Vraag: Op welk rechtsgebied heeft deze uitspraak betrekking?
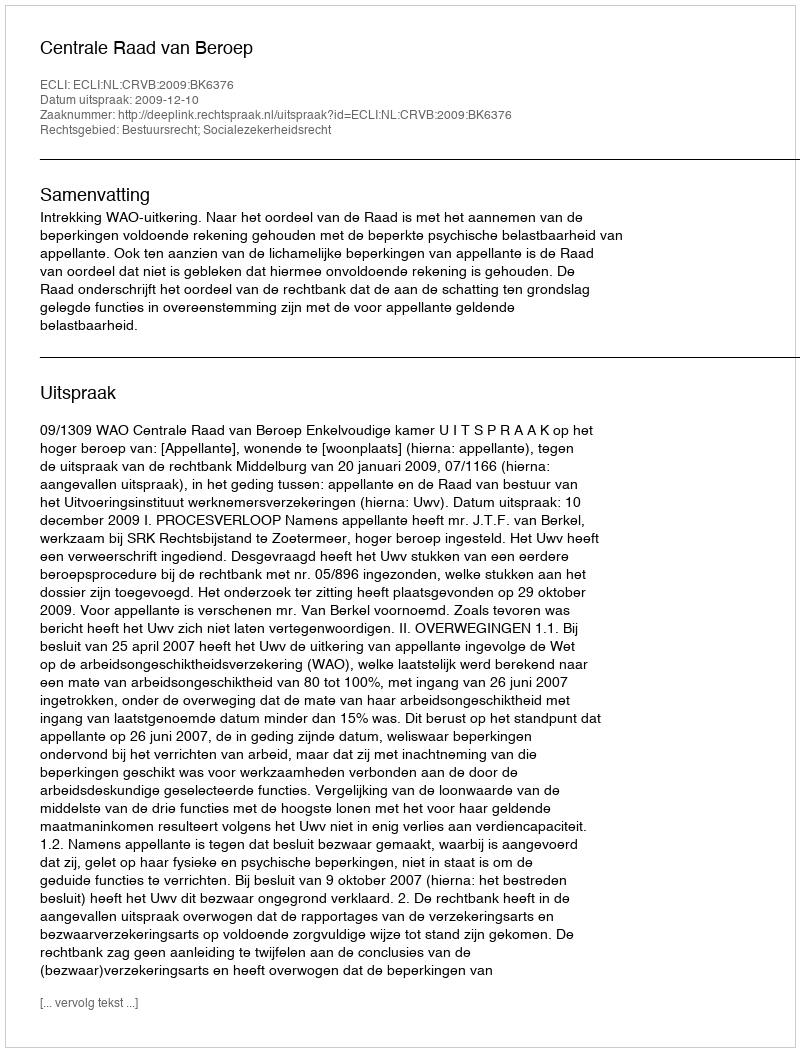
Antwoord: Bestuursrecht; Socialezekerheidsrecht